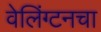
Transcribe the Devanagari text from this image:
वेलिंग्टनचा